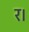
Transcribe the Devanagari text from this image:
र।